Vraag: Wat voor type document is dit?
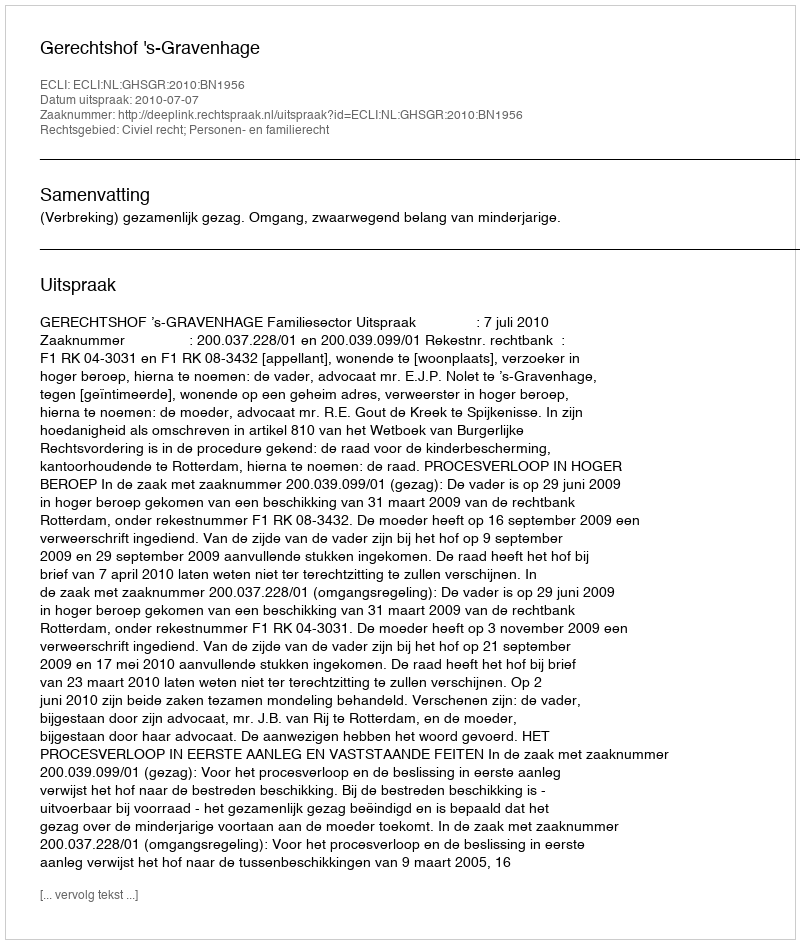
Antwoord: Uitspraak